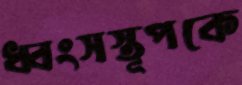
ধ্বংসস্তূপকে